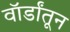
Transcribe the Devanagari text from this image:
वॉर्डांतून